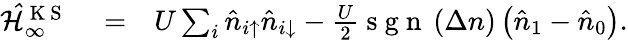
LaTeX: \begin{array}{rlr}{\mathcal{\hat{H}}_{\infty}^{\mathrm{~K~S~}}}&{{}=}&{U\sum_{i}\hat{n}_{i\uparrow}\hat{n}_{i\downarrow}-\frac{U}{2}\mathrm{~s~g~n~}\left(\Delta n\right)\left(\hat{n}_{1}-\hat{n}_{0}\right).}\end{array}